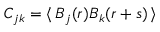
C _ { j k } = \langle \, B _ { j } ( \boldsymbol { r } ) B _ { k } ( \boldsymbol { r } + \boldsymbol { s } ) \, \rangle